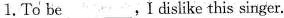
1.To be___.Idislike this singer.